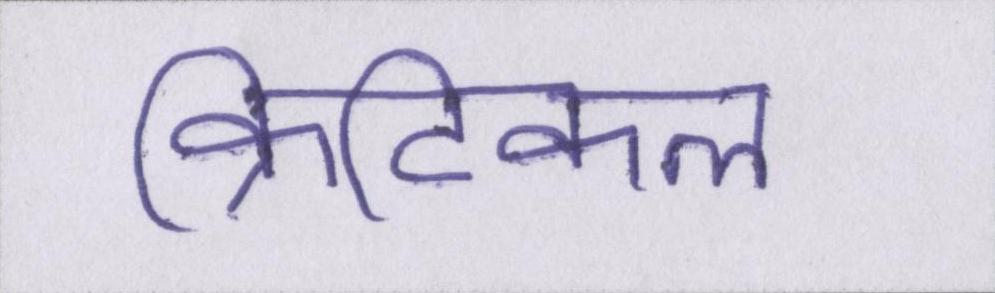
क्रिटिकल